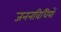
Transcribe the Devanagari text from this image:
जननविधियों